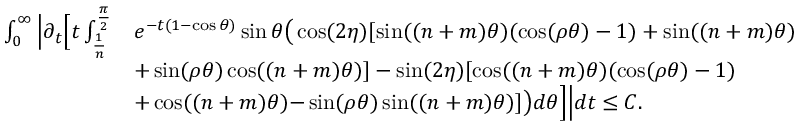
\begin{array} { r l } { \int _ { 0 } ^ { \infty } \Big | \partial _ { t } \Big [ t \int _ { \frac { 1 } { n } } ^ { \frac { \pi } { 2 } } } & { e ^ { - t ( 1 - \cos \theta ) } \sin \theta \big ( \cos ( 2 \eta ) [ \sin ( ( n + m ) \theta ) ( \cos ( \rho \theta ) - 1 ) + \sin ( ( n + m ) \theta ) } \\ & { + \sin ( \rho \theta ) \cos ( ( n + m ) \theta ) ] - \sin ( 2 \eta ) [ \cos ( ( n + m ) \theta ) ( \cos ( \rho \theta ) - 1 ) } \\ & { + \cos ( ( n + m ) \theta ) { - } \sin ( \rho \theta ) \sin ( ( n + m ) \theta ) ] \big ) d \theta \Big ] \Big | d t \le C . } \end{array}